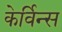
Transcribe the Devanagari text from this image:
केर्विन्स